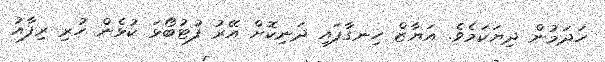
ހަދަމުން ދިޔަކަމެވެ. އަޔާޒް ހިނގާފައި ދަނިކޮށް އޭރު ފުޓުބޯޅަ ކުޅެން ހުރި ރިފާއު